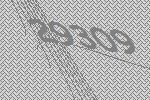
29309